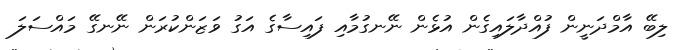
ލިބޭ އާމްދަނީން ފުއްދާލައިގެން އުޅެން ނޭނގުމާއި ފައިސާގެ އަގު ވަޒަންކުރަން ނޭނގޭ މައްސަލަ